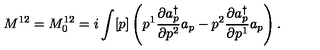
M ^ { 1 2 } = M _ { 0 } ^ { 1 2 } = i \int [ p ] \left( p ^ { 1 } \frac { \partial a _ { p } ^ { \dagger } } { \partial p ^ { 2 } } a _ { p } - p ^ { 2 } \frac { \partial a _ { p } ^ { \dagger } } { \partial p ^ { 1 } } a _ { p } \right) .